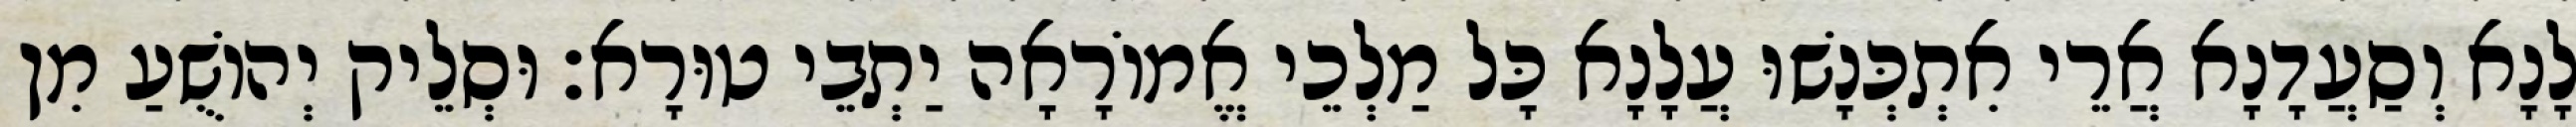
לָנָא וְסַעֲדָנָא אֲרֵי אִתְכְּנָשׁוּ עֲלָנָא כָּל מַלְכֵי אֱמוֹרָאָה יַתְבֵי טוּרָא׃ וּסְלֵיק יְהוֹשֻׁעַ מִן